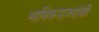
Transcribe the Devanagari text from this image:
भाषिकराज्यांशी